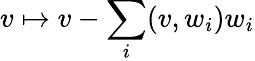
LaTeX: v\mapsto v-\sum_{i}(v,w_{i})w_{i}